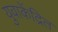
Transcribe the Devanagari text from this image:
युवाकेंद्रित